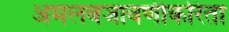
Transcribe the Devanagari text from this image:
अंमलबजावणीकरिता